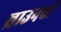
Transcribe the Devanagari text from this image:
ब्राउनची